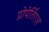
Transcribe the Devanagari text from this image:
प्रोपेर्तिएज़